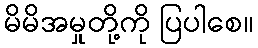
မိမိအမှုတို့ကို ပြပါစေ။